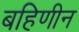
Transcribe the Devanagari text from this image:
बहिणीन